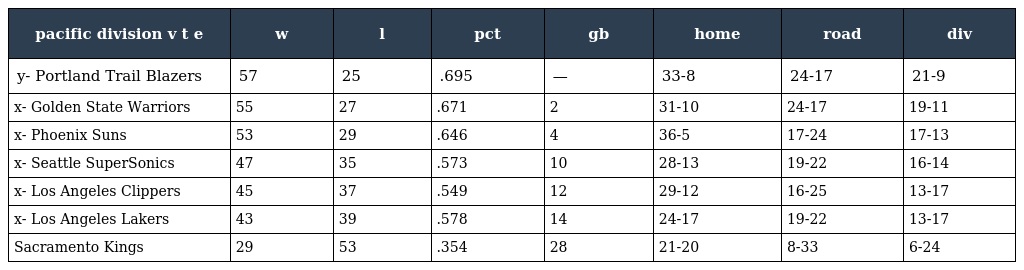
| pacific division v t e | w | l | pct | gb | home | road | div |
 | --- | --- | --- | --- | --- | --- | --- | --- |
 | y- Portland Trail Blazers | 57 | 25 | .695 | — | 33-8 | 24-17 | 21-9 |
 | x- Golden State Warriors | 55 | 27 | .671 | 2 | 31-10 | 24-17 | 19-11 |
 | x- Phoenix Suns | 53 | 29 | .646 | 4 | 36-5 | 17-24 | 17-13 |
 | x- Seattle SuperSonics | 47 | 35 | .573 | 10 | 28-13 | 19-22 | 16-14 |
 | x- Los Angeles Clippers | 45 | 37 | .549 | 12 | 29-12 | 16-25 | 13-17 |
 | x- Los Angeles Lakers | 43 | 39 | .578 | 14 | 24-17 | 19-22 | 13-17 |
 | Sacramento Kings | 29 | 53 | .354 | 28 | 21-20 | 8-33 | 6-24 |